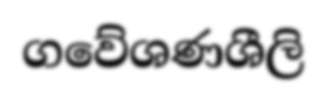
ගවේශණශීලි